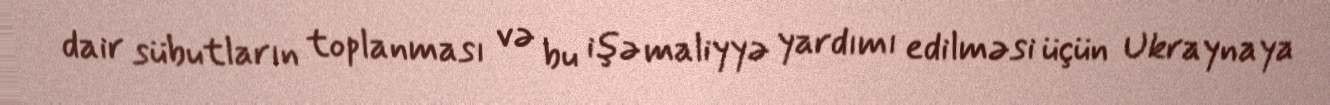
dair sübutların toplanması və bu işə maliyyə yardımı edilməsi üçün Ukraynaya